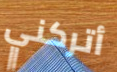
أتركني